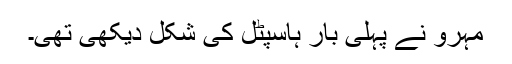
مہرو نے پہلی بار ہاسپٹل کی شکل دیکھی تھی۔